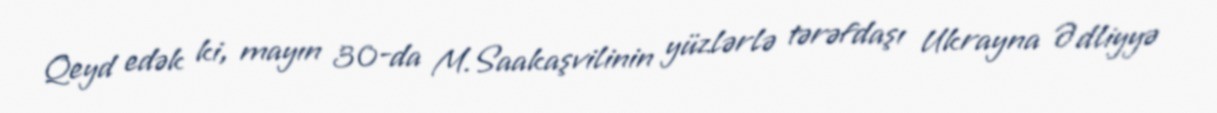
Qeyd edək ki, mayın 30-da M.Saakaşvilinin yüzlərlə tərəfdaşı Ukrayna Ədliyyə